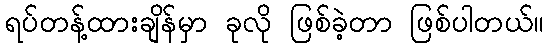
ရပ်တန့်ထားချိန်မှာ ခုလို ဖြစ်ခဲ့တာ ဖြစ်ပါတယ်။